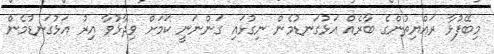
މިބޭފުޅާ ރައްޔިތުންގެ ބާރެއް އަޅުގަނޑުމެން ނިގުޅައި ގަންނަނީ ކަމަށް ވިދާޅުވާ އިރު އަޅުގަނޑުމެން